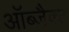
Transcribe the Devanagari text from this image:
ऑब्जैक्ट